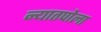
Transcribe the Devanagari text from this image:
न्यातपोला